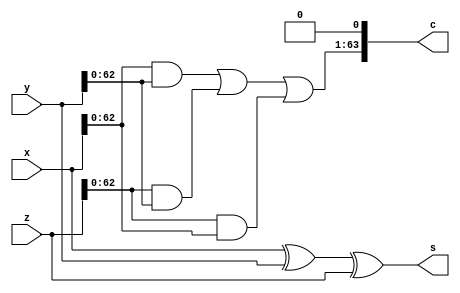
module CSA_64(x, y, z, s, c);
  input [63:0] x, y, z;
  output [63:0] s, c;

  assign s = x^y^z;
  assign c = {x[62:0]&y[62:0] | z[62:0]&y[62:0] | z[62:0]&x[62:0], 1'b0};

endmodule